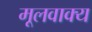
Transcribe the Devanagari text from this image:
मूलवाक्य